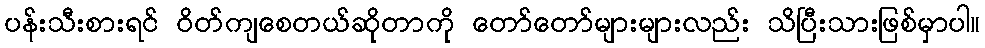
ပန်းသီးစားရင် ဝိတ်ကျစေတယ်ဆိုတာကို တော်တော်များများလည်း သိပြီးသားဖြစ်မှာပါ။